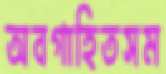
অবগাহিতসম